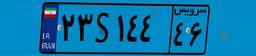
۲۳S۱۴۴۴۶